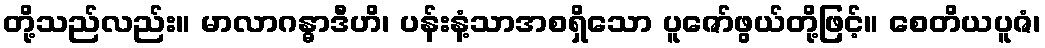
တို့သည်လည်း။ မာလာဂန္ဓာဒီဟိ၊ ပန်းနံ့သာအစရှိသော ပူဇော်ဖွယ်တို့ဖြင့်။ စေတိယပူဇံ၊